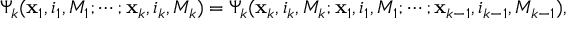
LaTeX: \Psi _ { k } ( { \bf x } _ { 1 } , i _ { 1 } , M _ { 1 } ; \cdots ; { \bf x } _ { k } , i _ { k } , M _ { k } ) = \Psi _ { k } ( { \bf x } _ { k } , i _ { k } , M _ { k } ; { \bf x } _ { 1 } , i _ { 1 } , M _ { 1 } ; \cdots ; { \bf x } _ { k - 1 } , i _ { k - 1 } , M _ { k - 1 } ) ,